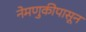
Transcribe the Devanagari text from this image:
नेमणुकीपासून